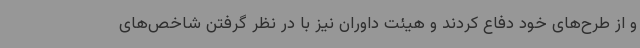
و از طرح‌های خود دفاع کردند و هیئت داوران نیز با در نظر گرفتن شاخص‌های